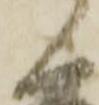
候